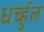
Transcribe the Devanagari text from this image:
धर्च्हुल